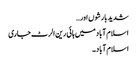
شدید بارشوں اور…
اسلام آباد میں ہائی رین الرٹ جاری
اسلام آباد۔